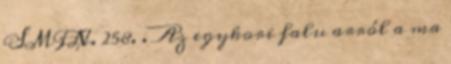
SMFN. 258. . Az egykori falu arról a ma